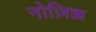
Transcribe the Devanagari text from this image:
नोज़िक्क